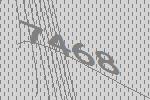
7468